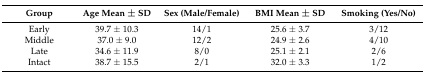
<table><thead><tr><td><b>Group</b></td><td><b>Age Mean ± SD</b></td><td><b>Sex (Male/Female)</b></td><td><b>BMI Mean ± SD</b></td><td><b>Smoking (Yes/No)</b></td></tr></thead><tbody><tr><td>Early</td><td>39.7 ± 10.3</td><td>14/1</td><td>25.6 ± 3.7</td><td>3/12</td></tr><tr><td>Middle</td><td>37.0 ± 9.0</td><td>12/2</td><td>24.9 ± 2.6</td><td>4/10</td></tr><tr><td>Late</td><td>34.6 ± 11.9</td><td>8/0</td><td>25.1 ± 2.1</td><td>2/6</td></tr><tr><td>Intact</td><td>38.7 ± 15.5</td><td>2/1</td><td>32.0 ± 3.3</td><td>1/2</td></tr></tbody></table>